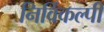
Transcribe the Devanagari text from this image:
निर्विकल्पी